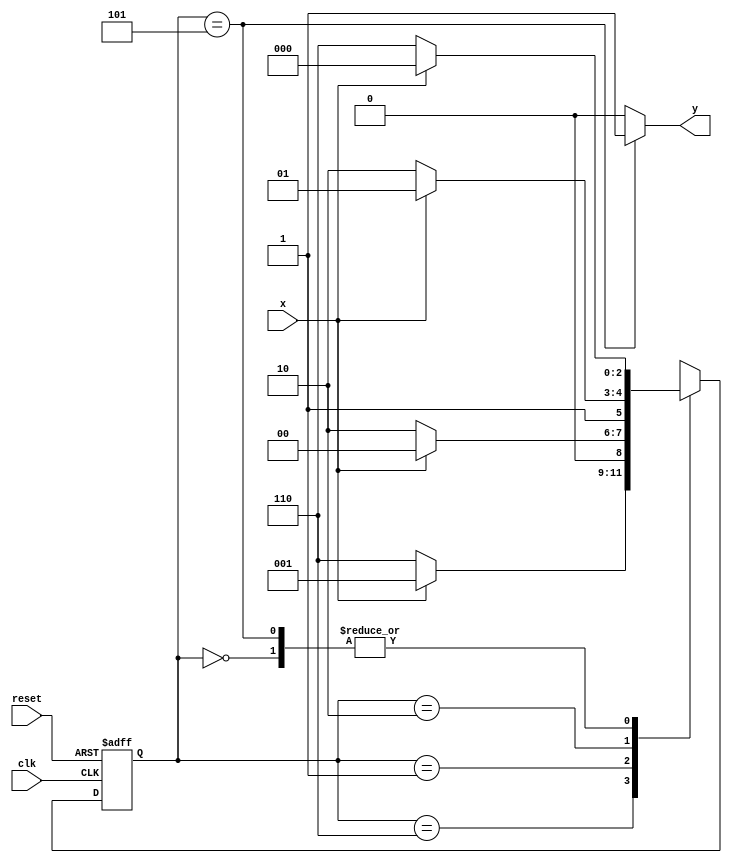
// Nome: Isabella Gonales


// ---------------------------
// ------ EXERCICIO 02 -------
// ---------------------------


// constant definition
`define found    1
`define notfound 0


module  exercicio02 ( y, x, clk, reset );

	output y;
	input  x;
	input  clk;
	input  reset;

	reg    y;

	parameter        
		start  = 3'b000,
		id0    = 3'b110,
		id01   = 3'b001,
		id011  = 3'b010,
		id0110 = 3'b101;  
		
	reg [2:0] E1;
	reg [2:0] E2;


	// next state logic
		always @( x or E1 )
		begin
		y = `notfound;
		
		case( E1 )
		start:
			if ( x )
				E2 = start;
			else
				E2 = id0;
			
			id0:
				if ( x )
					E2 = id01;
				else
					E2 = id0;
			
			id01:
				if ( x )
					E2 = start;
				else
					E2 = id011;
			
			id011:
				if ( x )
					E2 = id0110;
				else
					E2 = id0;
			
			id0110:
			if ( x )
				begin
			 		E2 = start;
					y = `found;
				end
			else
				begin
					E2 = id0;
					y = `found;
				end
			
			default:   // undefined statee  
				E2 = 3'bxxx;
				
		endcase
		end // always at signal or state changing


	// state variables
		always @( posedge clk or negedge reset )
		begin
			if ( reset )
				E1 = E2;    // updates current state
			else
				E1 = 0;     // reset
				
		end
endmodule 


module Exercicio2;
	
	reg   clk, reset, x;
	wire  m1;

 	exercicio02  EX2 ( m1, x, clk, reset );

	initial
	begin
		
		
		$display("\nTime\tX   Seq 0110" );

	// initial values
       clk   = 1;
       reset = 0;
       x     = 0;

	// input signal changing
		#10   reset = 1;
		#10  x = 1;
		#10  x = 0;
		#10  x = 0;
		#10  x = 1;
		#10  x = 0;
		#10  x = 1;
		#10  x = 1;
		#10  x = 1;
		#10  x = 1;
		#10  x = 0;
		#10  x = 1;
		#10  x = 1;
		#10  x = 1;
		#10  x = 0;
		#10  x = 1;
		#10  x = 0;
		#10  x = 0;
		#10  x = 0;
		
		#5 $finish;
	
	end // initial

	always
		#5 clk = ~clk;

	always @( posedge clk )
	begin
			$display ( "%4d \t%b\t%b", $time, x, m1);
			
	end 
endmodule